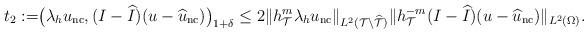
LaTeX: \begin{align*}t_2:=&\big(\lambda_hu_{\mathrm{nc}}, (I-\widehat{I})(u-\widehat{u}_{\mathrm{nc}})\big)_{1+\delta}\le2\Vert h_{\mathcal{T}}^{m}\lambda_h u_{\mathrm{nc}}\Vert_{L^2(\mathcal{T}\setminus\widehat{\mathcal{T}})}\Vert h_{\mathcal{T}} ^{-{m}}(I-\widehat{I})(u-\widehat{u}_{\mathrm{nc}}) \Vert _{L^2(\Omega)}.\end{align*}